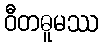
ဝီတဓူမဿ